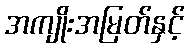
အကျိုးအမြတ်နှင့်